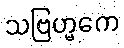
သဗြဟ္မကေ